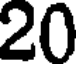
20